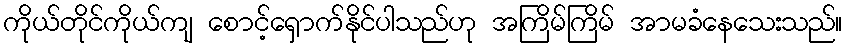
ကိုယ်တိုင်ကိုယ်ကျ စောင့်ရှောက်နိုင်ပါသည်ဟု အကြိမ်ကြိမ် အာမခံနေသေးသည်။